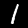
Digit: 1